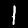
Digit: 1